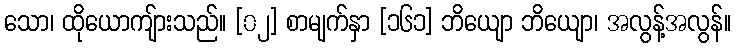
သော၊ ထိုယောကျ်ားသည်။ [၀၂] စာမျက်နှာ [၁၆၁] ဘိယျော ဘိယျော၊ အလွန့်အလွန်။